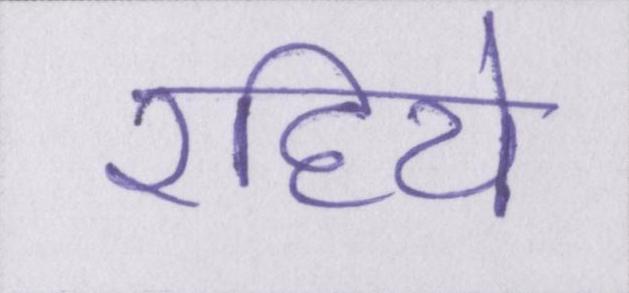
रहिये